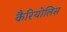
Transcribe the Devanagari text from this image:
कैरियोलिस